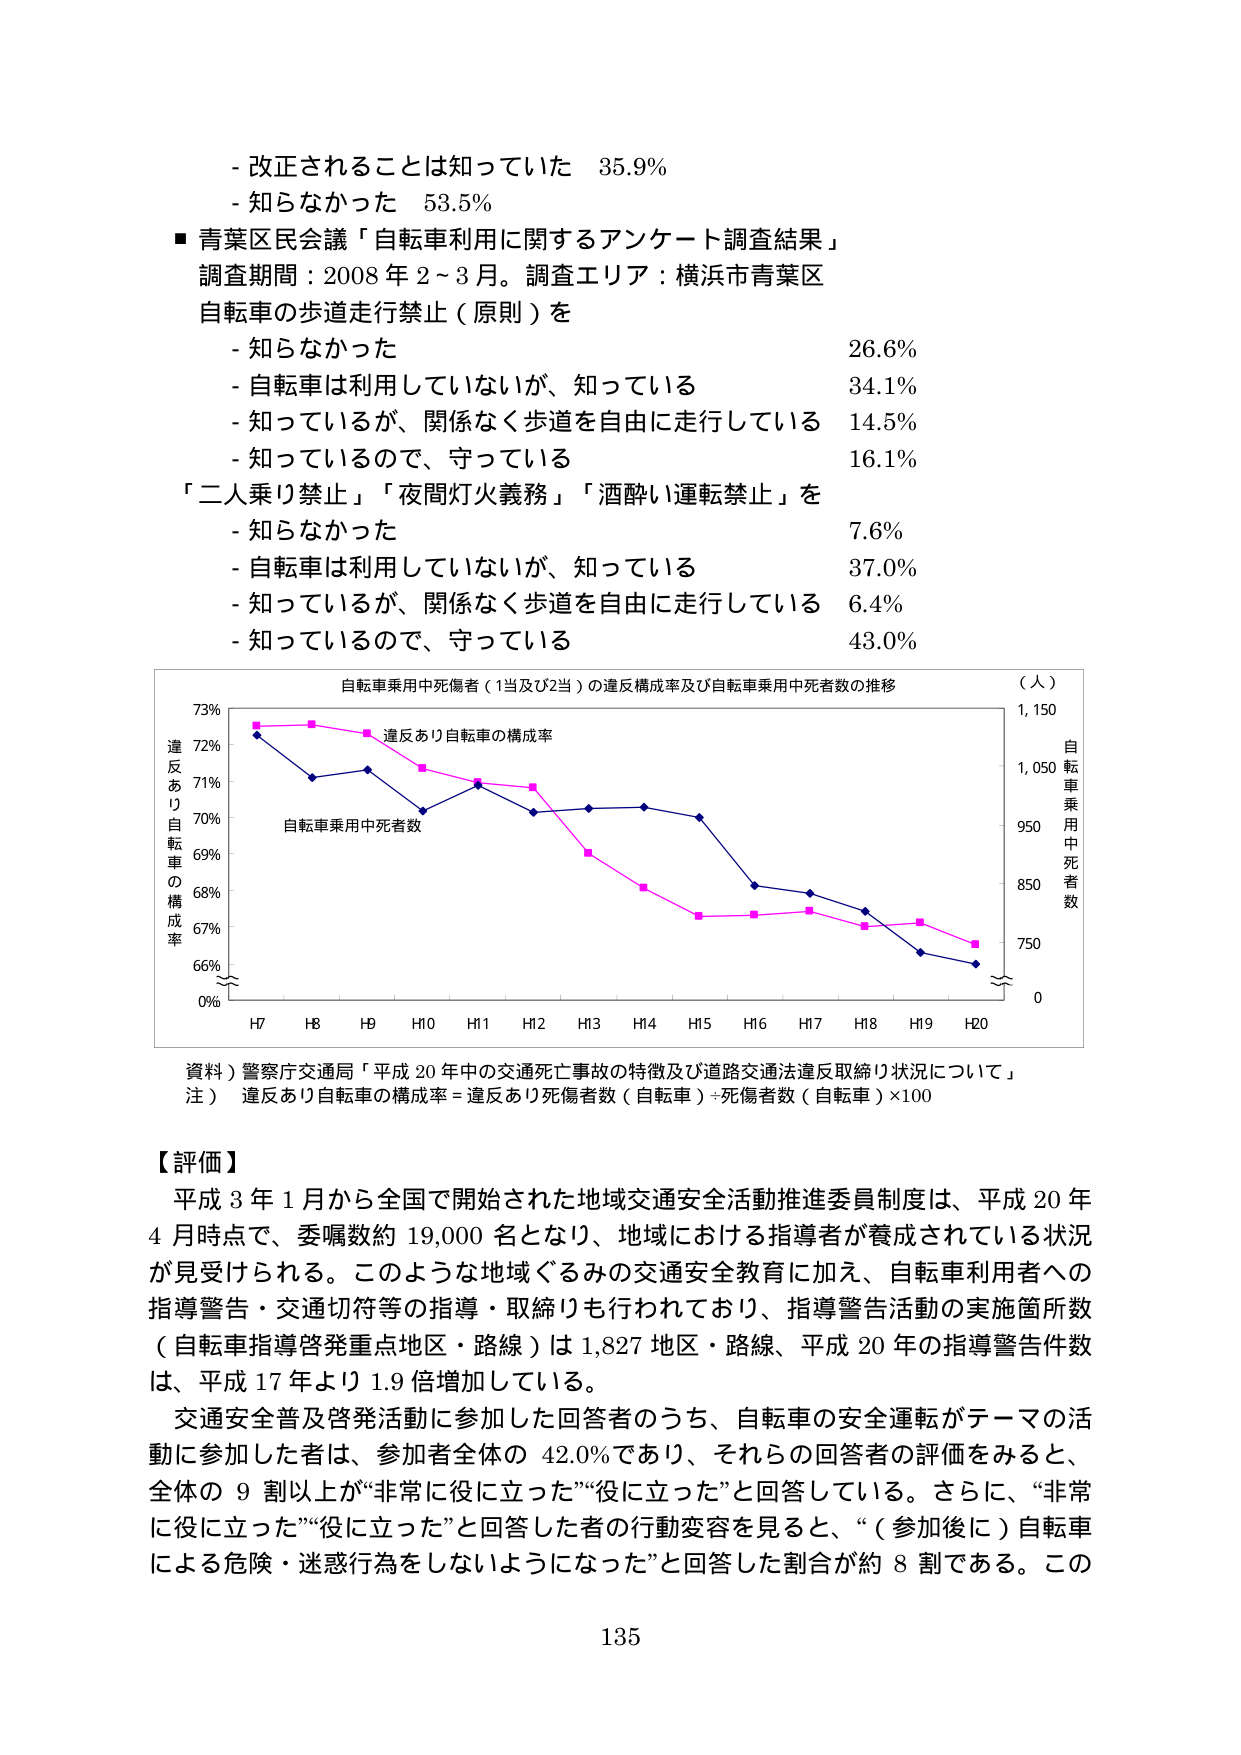
- 改正されることは知っていた 35.9%
- 知らなかった 53.5%
■ 青葉区民会議「自転車利用に関するアンケート調査結果」
調査期間：2008年2～3月。調査エリア：横浜市青葉区
自転車の歩道走行禁止（原則）を
- 知らなかった 26.6%
- 自転車は利用していないが、知っている 34.1%
- 知っているが、関係なく歩道を自由に走行している 14.5%
- 知っているので、守っている 16.1%
「二人乗り禁止」「夜間灯火義務」「酒酔い運転禁止」を
- 知らなかった 7.6%
- 自転車は利用していないが、知っている 37.0%
- 知っているが、関係なく歩道を自由に走行している 6.4%
- 知っているので、守っている 43.0%

自転車乗用中死傷者（1当及び2当）の違反構成率及び自転車乗用中死者数の推移
（人）
73% 違反あり自転車の構成率
72% 自転車乗用中死者数
71%
70%
69%
68%
67%
66%
0%
H7 H8 H9 H10 H11 H12 H13 H14 H15 H16 H17 H18 H19 H20
1,150
1,050
950
850
750
0
自転車乗用中死者数

資料）警察庁交通局「平成20年中の交通事故の特徴及び道路交通法違反取締り状況について」
注）違反あり自転車の構成率＝違反あり死傷者数（自転車）÷死傷者数（自転車）×100

【評価】
平成3年1月から全国で開始された地域交通安全活動推進委員制度は、平成20年4月時点で、委嘱数約19,000名となり、地域における指導者が養成されている状況が見受けられる。このような地域ぐるみの交通安全教育に加え、自転車利用者への指導警告・交通切符等の指導・取締りも行われており、指導警告活動の実施箇所数（自転車指導啓発重点地区・路線）は1,827地区・路線、平成20年の指導警告件数は、平成17年より1.9倍増加している。
交通安全普及啓発活動に参加した回答者のうち、自転車の安全運転がテーマの活動に参加した者は、参加者全体の42.0%であり、それらの回答者の評価をみると、全体の9割以上が“非常に役に立った”“役に立った”と回答している。さらに、“非常に役に立った”“役に立った”と回答した者の行動変容を見ると、“（参加後に）自転車による危険・迷惑行為をしないようになった”と回答した割合が約8割である。この

135